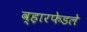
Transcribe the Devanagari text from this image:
व्ह़ारफेडले